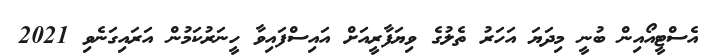
އެސްޓީއޯއިން ބުނީ މިދަޔަ އަހަރު ތެލުގެ ވިޔަފާރީއަށް އައިސްފައިވާ ހީނަރުކަމުން އަރައިގަނެވި 2021